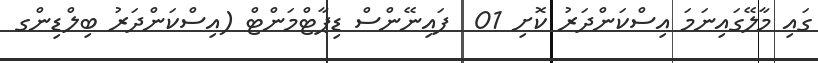
ގައި މާލޭގައިނަމަ އިސްކަންދަރު ކޮށި 01  ފައިނޭންސް ޑިޕާޓްމަންޓް (އިސްކަންދަރު ބިލްޑިންގ